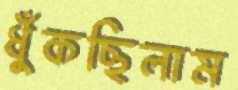
ধুঁকছিলাম